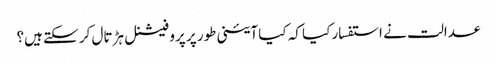
عدالت نے استفسار کیا کہ کیا آئینی طور پر پروفیشنل ہڑتال کر سکتے ہیں؟